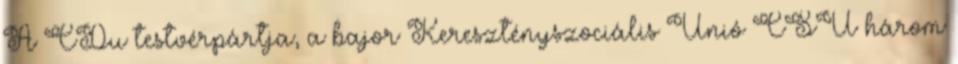
A CDu testvérpártja, a bajor Keresztényszociális Unió CSU három